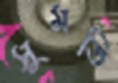
সুমতি